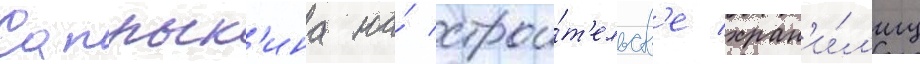
Сапрык'ина на́ строи́т'ельств'е хран'и́л'ищ